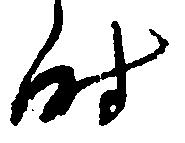
時